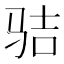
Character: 𩧵